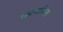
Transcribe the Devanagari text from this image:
अप्रयाशित